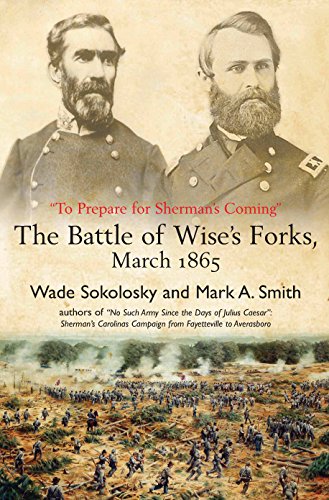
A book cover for "To Prepare for Sherman's Coming": The Battle of Wise's Forks, March 1865; Mark Smith; History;